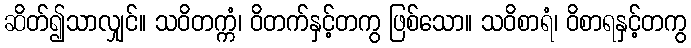
ဆိတ်၍သာလျှင်။ သဝိတက္ကံ၊ ဝိတက်နှင့်တကွ ဖြစ်သော။ သဝိစာရံ၊ ဝိစာရနှင့်တကွ